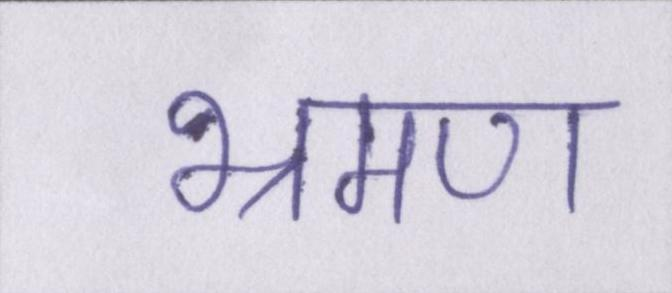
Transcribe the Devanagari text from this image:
भ्रमण